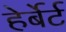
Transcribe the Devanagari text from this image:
हेर्बेर्ट